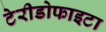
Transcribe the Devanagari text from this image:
टेरीडोफाइटा